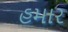
હમાર